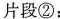
片段②：